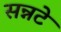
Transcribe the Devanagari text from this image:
सन्नटे